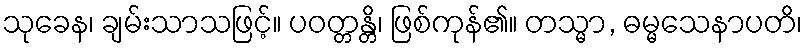
သုခေန၊ ချမ်းသာသဖြင့်။ ပဝတ္တန္တိ၊ ဖြစ်ကုန်၏။ တသ္မာ, ဓမ္မသေနာပတိ၊